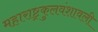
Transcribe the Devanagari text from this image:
महाराष्ट्रकुलवंशावली